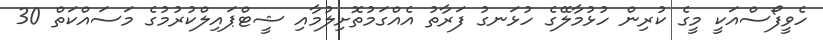
ހެވީފޯސްއަކީ މީގެ ކުރިން ހުޅުމާލޭގެ ހުޅަނގު ފަރާތު އެއްގަމުތޮށިލުމާއި ޝީޓްޕައިލްކުރުމުގެ މަސައްކަތް 30